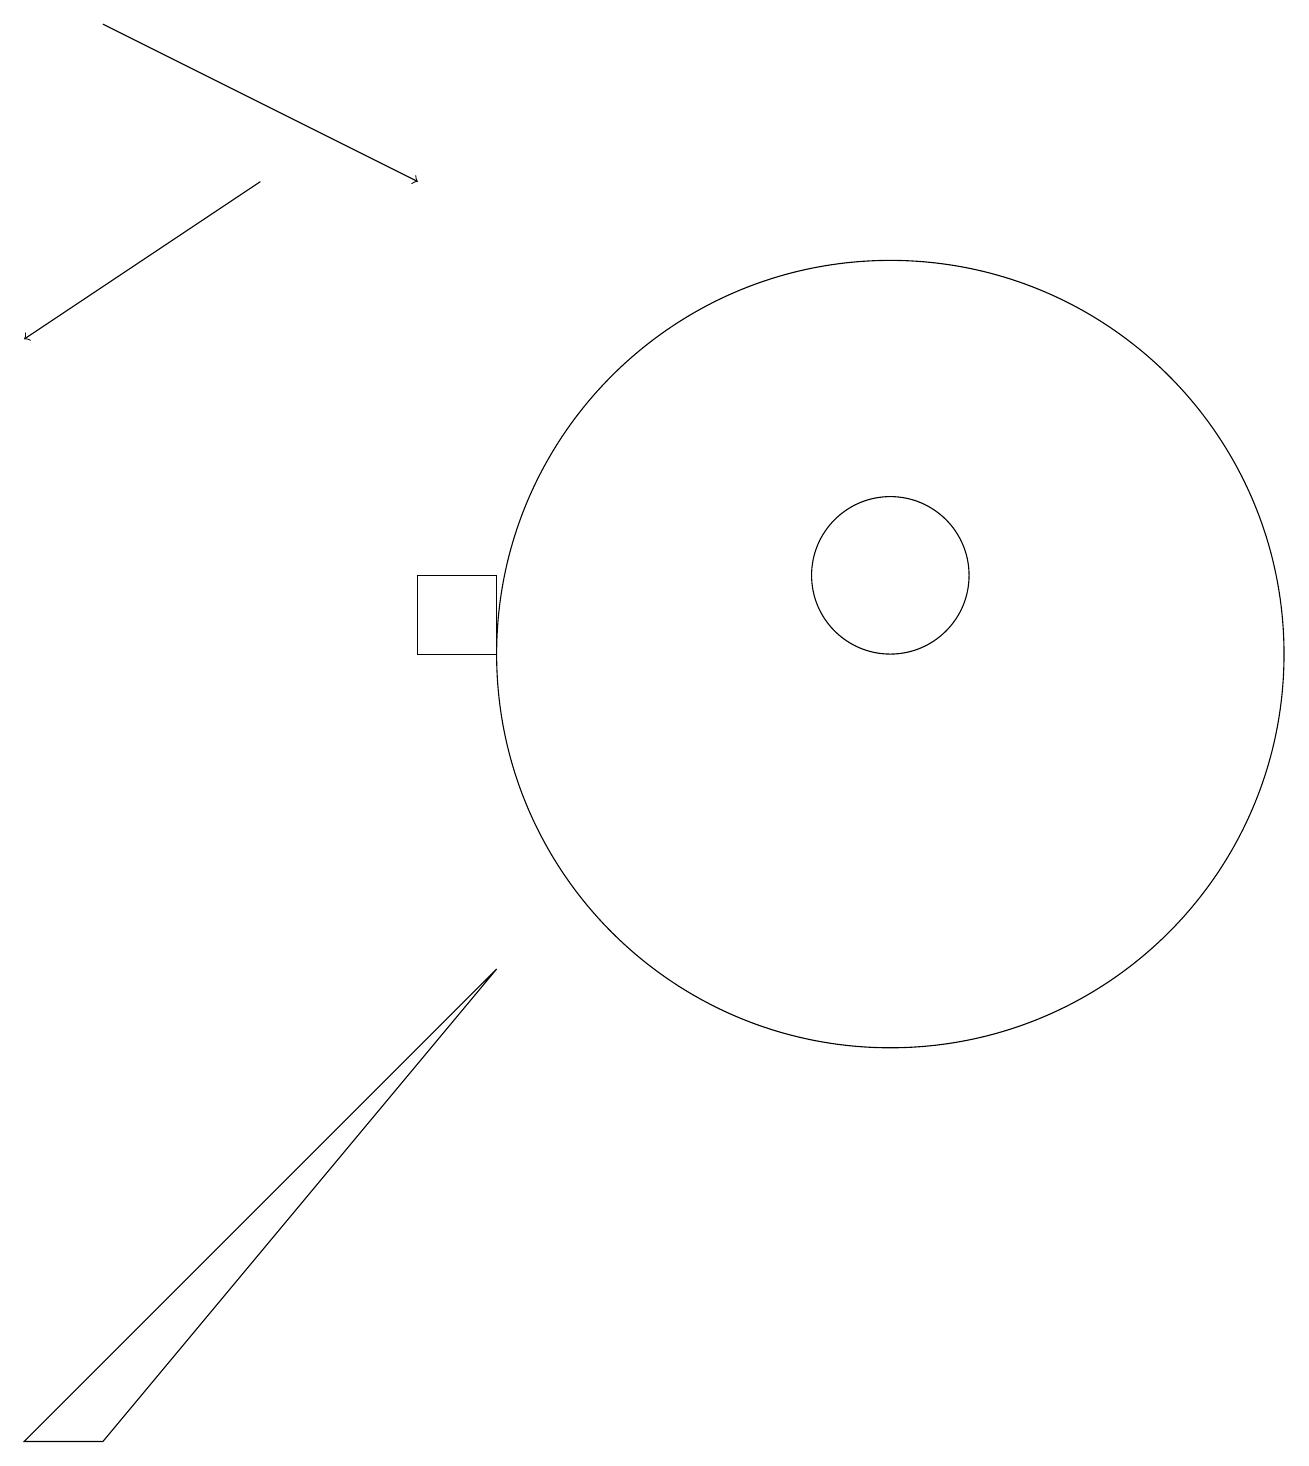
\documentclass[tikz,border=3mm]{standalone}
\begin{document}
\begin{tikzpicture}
\draw[->] (1,19) -- (5,17);
\draw (6,11) rectangle (5,12);
\draw (11,12) circle (1);
\draw (0,1) -- (1,1) -- (6,7) -- cycle;
\draw (11,11) circle (5);
\draw[->] (3,17) -- (0,15);
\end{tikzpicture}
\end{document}